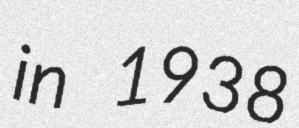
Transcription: in 1938